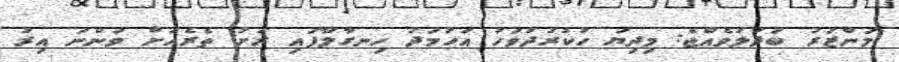
މަންޒަރު ބަދަލުވެއްޖެ: މިދިޔަ ހުކުރުދުވަހު އަހުމަދު ހިނގާލާފައި ރަށު ތެރެއަށް ވަންނަ އިރު